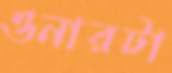
ওনারটা